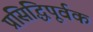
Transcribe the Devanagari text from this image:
प्रसिद्धिपूर्वक